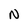
Character: N